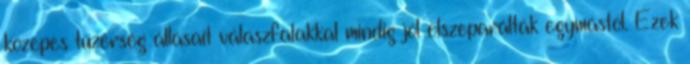
közepes tüzérség állásait válaszfalakkal mindig jól elszeparálták egymástól. Ezek